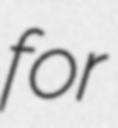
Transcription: for